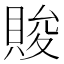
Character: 賐